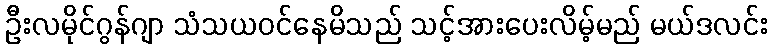
ဦးလမိုင်ဂွန်ဂျာ သံသယဝင်နေမိသည် သင့်အားပေးလိမ့်မည် မယ်ဒလင်း